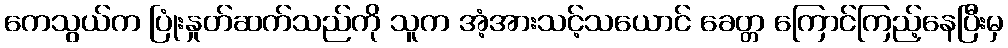
ကေသွယ်က ပြုံးနှုတ်ဆက်သည်ကို သူက အံ့အားသင့်သယောင် ခေတ္တ ကြောင်ကြည့်နေပြီးမှ